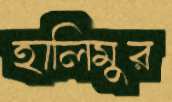
হালিমুর